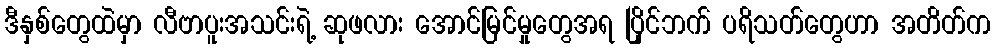
ဒီနှစ်တွေထဲမှာ လီဗာပူးအသင်းရဲ့ ဆုဖလား အောင်မြင်မှုတွေအရ ပြိုင်ဘက် ပရိသတ်တွေဟာ အတိတ်က